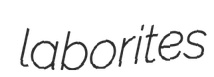
laborites